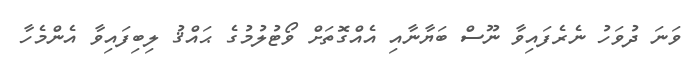
ވަނަ ދުވަހު ނެރެފައިވާ ނޫސް ބަޔާނާއި އެއްގޮތަށް ވޯޓުލުމުގެ ޙައްޤު ލިބިފައިވާ އެންމެހާ